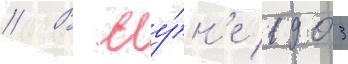
// В иу́н'е 1903